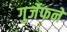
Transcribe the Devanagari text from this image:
गुर्जेफने